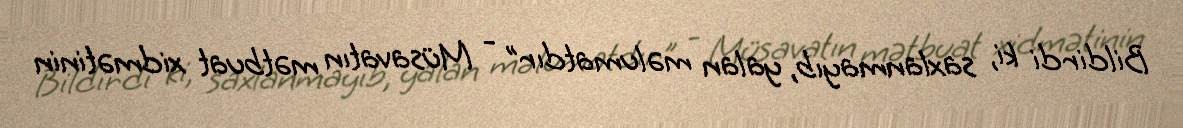
Bildirdi ki, saxlanmayıb, yalan məlumatdır” - Müsavatın mətbuat xidmətinin